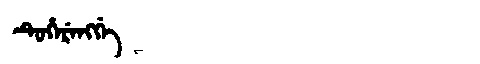
Manchu: ᡨᡠᡥᡝᡵᡝᠩᡤᡝ
Romanization: TUHERENGGE